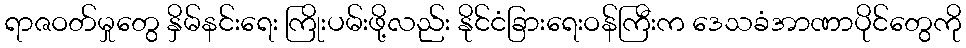
ရာဇဝတ်မှုတွေ နှိမ်နင်းရေး ကြိုးပမ်းဖို့လည်း နိုင်ငံခြားရေးဝန်ကြီးက ဒေသခံအာဏာပိုင်တွေကို